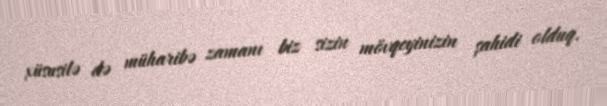
xüsusilə də müharibə zamanı biz sizin mövqeyinizin şahidi olduq.